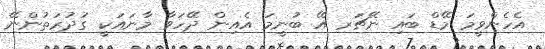
އެހެންވީމަ މޭޑް ބައި ނޭޗަރ އޭ ބުނީމަ އެއިން ދޭހަވާ މާނައަކީ ގުދުރަތުންނޭ